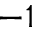
- 1